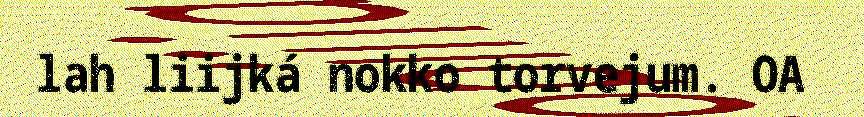
lah liijká nokko torvejum. OA